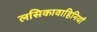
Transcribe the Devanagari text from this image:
लसिकावाहिनियाँ